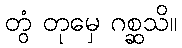
တွံ တုမှေ ဂစ္ဆသိ။